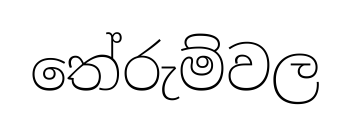
තේරුම්වල